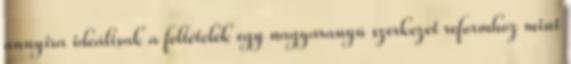
annyira ideálisak a feltételek egy nagyaranyú szerkezet reformhoz mint